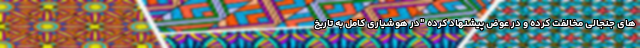
های جنجالی مخالفت کرده و در عوض پیشنهاد کرده "در هوشیاری کامل به تاریخ